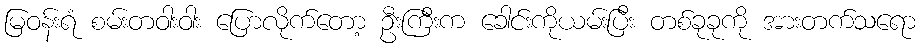
မြဝန်းရံ စမ်းတဝါးဝါး ပြောလိုက်တော့ ဦးကြီးက ခေါင်းကိုယမ်းပြီး တစ်ခုခုကို အားတက်သရော